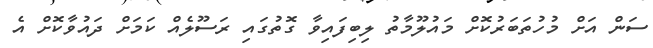
ސަން އަށް މުހުތަބަރުކޮށް މައުލޫމާތު ލިބިފައިވާ ގޮތުގައި ރަސޫލެއް ކަމަށް ދައުވާކޮށް އެ